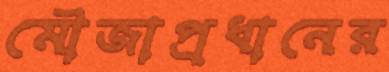
মৌজাপ্রধানের